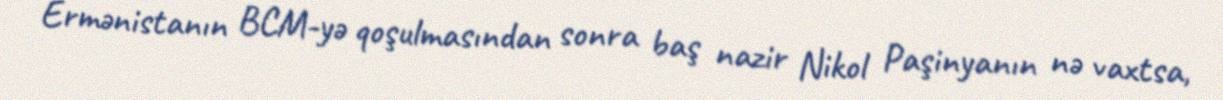
Ermənistanın BCM-yə qoşulmasından sonra baş nazir Nikol Paşinyanın nə vaxtsa,